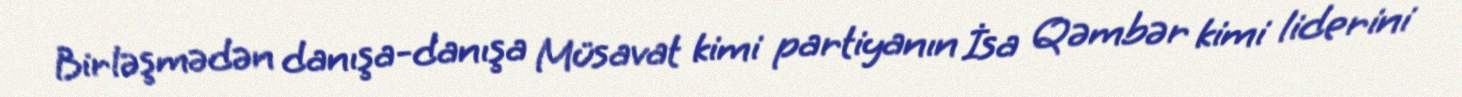
Birləşmədən danışa-danışa Müsavat kimi partiyanın İsa Qəmbər kimi liderini